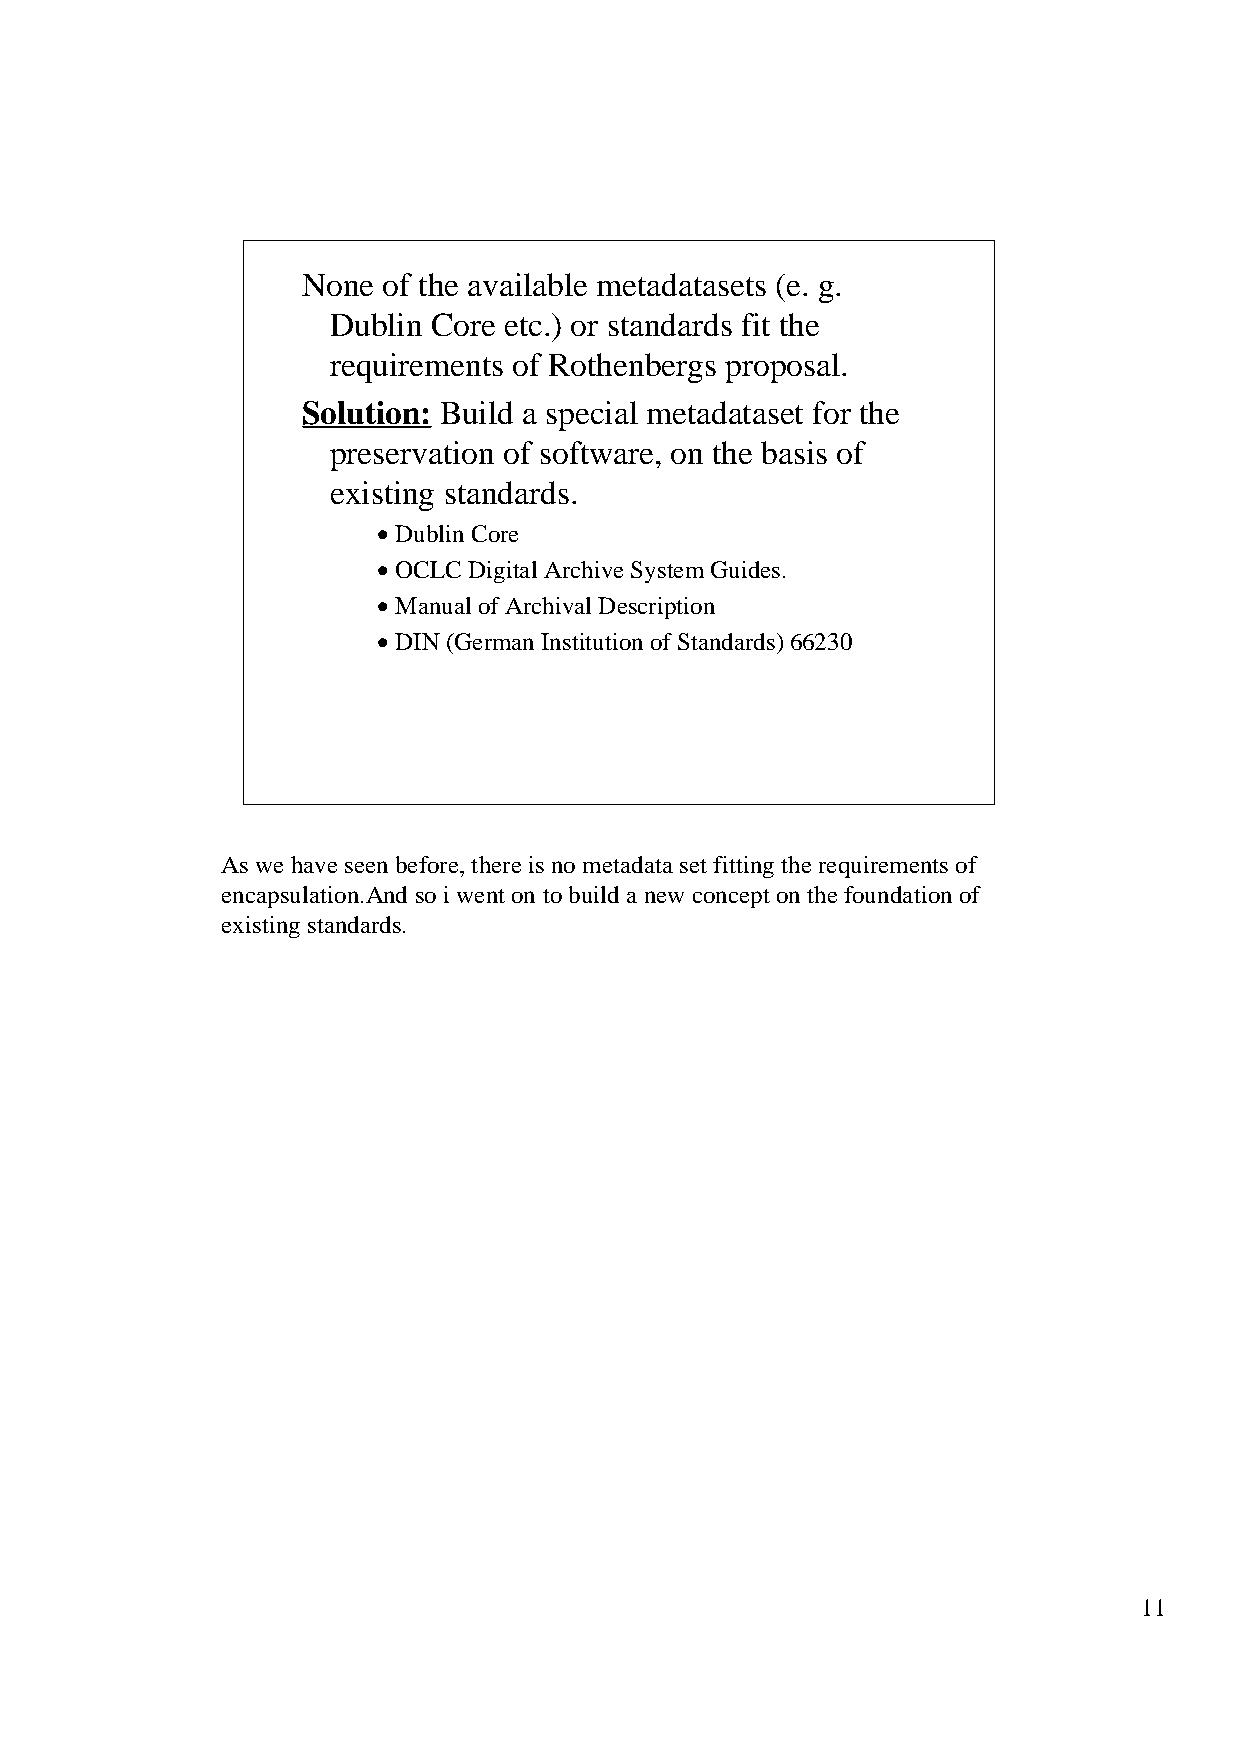
None of the available metadatasets (e. g.
 Dublin Core etc.) or standards fit the
 requirements of Rothenbergs proposal.
 Solution: Build a special metadataset for the
 preservation of software, on the basis of
 existing standards.
 • Dublin Core
 • OCLC Digital Archive System Guides.
 • Manual of Archival Description
 • DIN (German Institution of Standards) 66230
 As we have seen before, there is no metadata set fitting the requirements of
 encapsulation.And so i went on to build a new concept on the foundation of
 existing standards.
 11